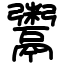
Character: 鬻